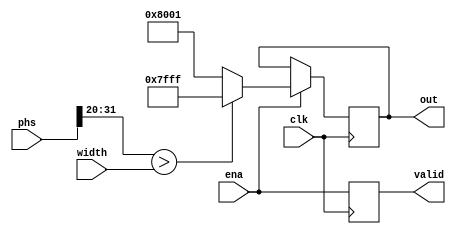
module pulse_wave(
    input clk,              	// system clock
	input ena,					// system clock enable
	input [31:0] phs,			// phase input
	input [11:0] width,			// width input
	output signed [15:0] out,	// wave output
	output valid
);
	// compare threshold
	reg signed [15:0] out;
	reg valid;
	always @(posedge clk)
	begin
		valid <= ena;
		if(ena)
			out <= (phs[31:20] > width) ? 16'h7fff : 16'h8001;
	end
endmodule